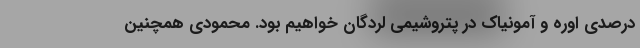
درصدی اوره و آمونیاک در پتروشیمی لردگان خواهیم بود. محمودی همچنین